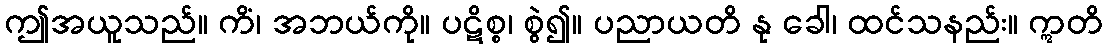
ဤအယူသည်။ ကိံ၊ အဘယ်ကို။ ပဋိစ္စ၊ စွဲ၍။ ပညာယတိ နု ခေါ၊ ထင်သနည်း။ ဣတိ